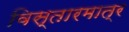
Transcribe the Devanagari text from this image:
विस्तारमात्र